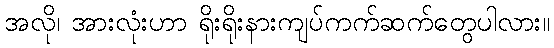
အလို၊ အားလုံးဟာ ရိုးရိုးနားကျပ်ကက်ဆက်တွေပါလား။